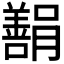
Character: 𬙿